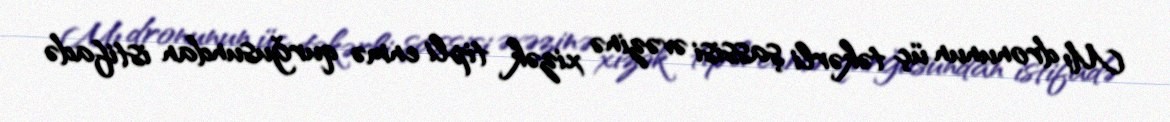
M1 dronunun üç təkərli şassisi əvəzinə xizək tipli enmə qurğusundan istifadə